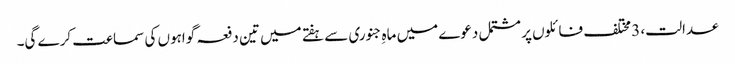
عدالت، 3 مختلف فائلوں پر مشتمل دعوے میں ماہِ جنوری سے ہفتے میں تین دفعہ گواہوں کی سماعت کرے گی۔